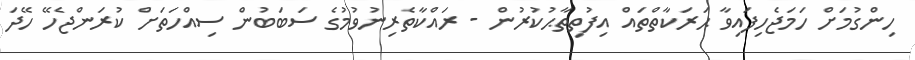
ހިންގުމަށް ހަމަޖެހިފައިވާ ޙަރަކާތްތައް އިފުތިތާޙުކުރުން - ރައްކާތެރިނުވުމުގެ ސަބަބުން ސިއްހަތަށް ކުރަންޖެހޭ ހޭދަ